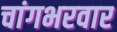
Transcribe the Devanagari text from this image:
चांगभरवार